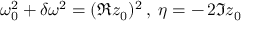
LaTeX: \: \omega _ { 0 } ^ { 2 } + \delta \omega ^ { 2 } = ( \Re z _ { 0 } ) ^ { 2 } \, , \; \eta = - \, 2 \Im z _ { 0 } \: